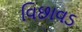
વિછાવડ